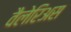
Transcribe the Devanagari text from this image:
वैलेरिअस